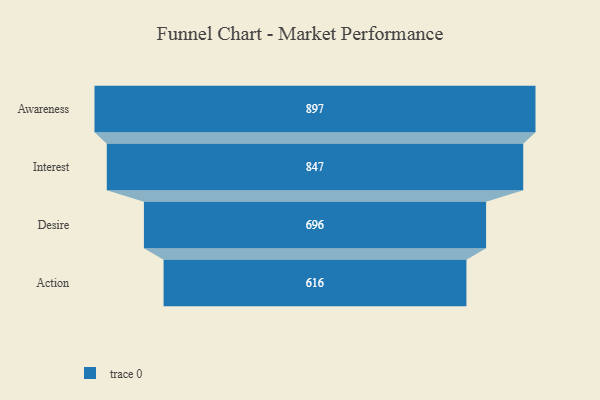
{"axis": {"x": "Stage", "y": "Value"}, "legend": [""], "data": [{"x": "Awareness", "y": 897.0, "type": ""}, {"x": "Interest", "y": 847.0, "type": ""}, {"x": "Desire", "y": 696.0, "type": ""}, {"x": "Action", "y": 616.0, "type": ""}]}